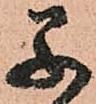
早